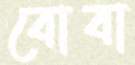
বোবা